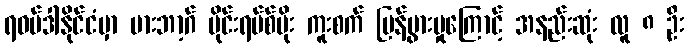
ရဝမ်ဒါနိုင်ငံမှာ မားဘာ့ဂ် ဗိုင်းရပ်စ်ပိုး ကူးစက် ပြန့်ပွားမှုကြောင့် အနည်းဆုံး လူ ၈ ဦး